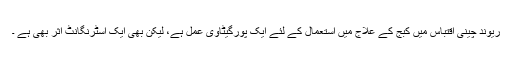
ریوند چینی اقتباس میں کبج کے علاج میں استعمال کے لئے ایک پورگیٹاوی عمل ہے، لیکن بھی ایک اسٹرنگانٹ اثر بھی ہے ۔